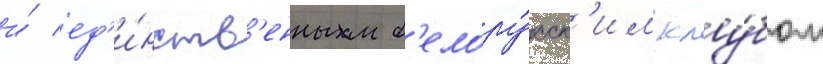
и́ ед'и́нств'енным б'елору́сск'им клу́бом